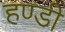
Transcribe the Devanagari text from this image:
हण्डी